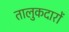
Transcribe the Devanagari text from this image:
तालुकदारों